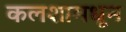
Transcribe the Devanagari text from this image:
कलशामधून